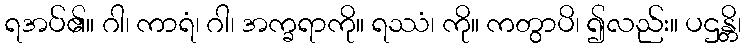
ရအပ်၏။ ဂါ၊ ကာရံ၊ ဂါ၊ အက္ခရာကို။ ရဿံ၊ ကို။ ကတွာပိ၊ ၍လည်း။ ပဌန္တိ၊